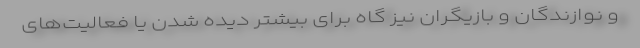
و نوازندگان و بازیگران نیز گاه برای بیشتر دیده شدن یا فعالیت‌های